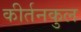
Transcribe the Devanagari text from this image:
कीर्तनकुल